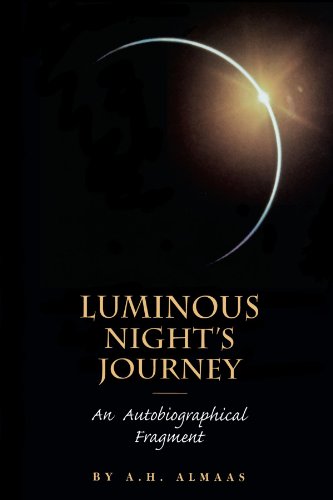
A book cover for Luminous Night's Journey: An Autobiographical Fragment; A. H. Almaas; Biographies & Memoirs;